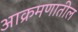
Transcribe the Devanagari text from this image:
आक्रमणातील